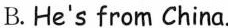
B. He's from China.